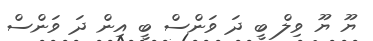
ޔޫ ޔޫ ވިލް ބީ ދަ ވަންސް ބީ އިން ދަ ވަންސް